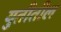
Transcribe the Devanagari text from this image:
युतीतील